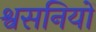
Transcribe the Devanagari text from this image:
श्वसनियों